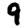
Digit: 9